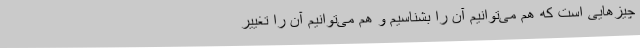
چیزهایی است که هم می‌توانیم آن‌ را بشناسیم و هم می‌توانیم آن‌ را تغییر